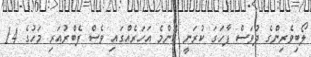
ލޯބިވެރިންގެ ދުވަސް ފާހަގަ ކުރަނީ ކޮންމެ އަހަރެއްގައި ވެސް ފެބްރުއަރި މަހުގެ 14